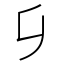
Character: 𠂎